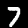
Digit: 7